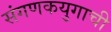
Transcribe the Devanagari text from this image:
संगणकयुगाची